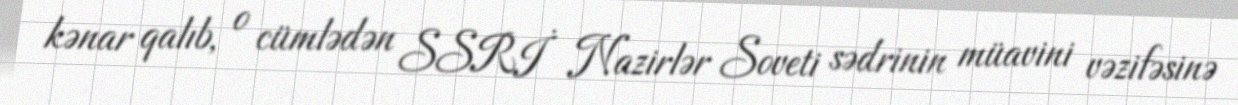
kənar qalıb, o cümlədən SSRİ Nazirlər Soveti sədrinin müavini vəzifəsinə